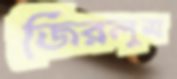
জিরলুম